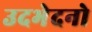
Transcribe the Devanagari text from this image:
उदभेदनो